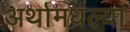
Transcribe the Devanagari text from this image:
अर्थामधल्या